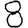
Digit: 8